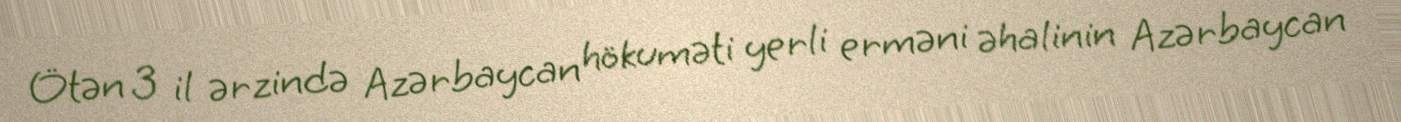
Ötən 3 il ərzində Azərbaycan hökuməti yerli erməni əhalinin Azərbaycan